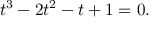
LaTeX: t ^ { 3 } - 2 t ^ { 2 } - t + 1 = 0 .